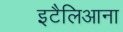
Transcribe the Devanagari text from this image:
इटैलिआना